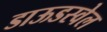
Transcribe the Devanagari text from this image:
डाऊडस्वेल